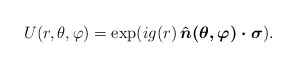
\begin{align*}U(r,\theta,\varphi) = \exp(i g(r)\, \mbox{\boldmath $\hat n(\theta,\varphi) \cdot \sigma$}).\end{align*}